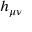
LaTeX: h _ { \mu \nu }